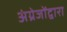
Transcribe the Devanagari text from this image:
अंग्रेजोंद्वारा